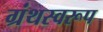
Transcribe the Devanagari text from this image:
ग्रंथस्वरूप